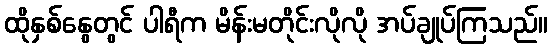
ထိုနှစ်နွေတွင် ပါရီက မိန်းမတိုင်းလိုလို အပ်ချုပ်ကြသည်။